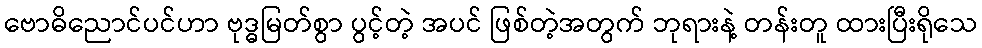
ဗောဓိညောင်ပင်ဟာ ဗုဒ္ဓမြတ်စွာ ပွင့်တဲ့ အပင် ဖြစ်တဲ့အတွက် ဘုရားနဲ့ တန်းတူ ထားပြီးရိုသေ